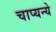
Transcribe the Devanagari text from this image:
चाप्यन्ये